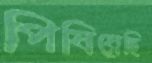
পিষিয়েছি